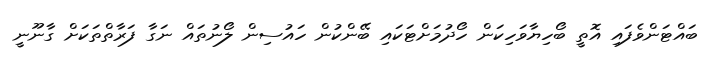
ބައްޓަންވެފައި އޮތީ ބޯހިޔާވަހިކަން ހޯދުމަށްޓަކައި ބޭންކުން ހައުސިން ލޯނުތައް ނަގާ ފަރާތްތަކަށް ގާނޫނީ